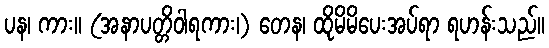
ပန၊ ကား။ (အနာပတ္တိဝါရကား၊) တေန၊ ထိုမိမိပေးအပ်ရာ ရဟန်းသည်။